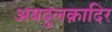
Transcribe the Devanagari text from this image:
अबदुलक़ादिर